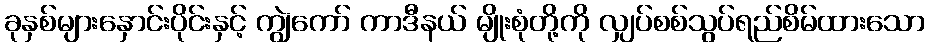
ခုနှစ်များနှောင်းပိုင်းနှင့် ကျွဲကော် ကာဒီနယ် မျိုးစုံတို့ကို လျှပ်စစ်သွပ်ရည်စိမ်ထားသော